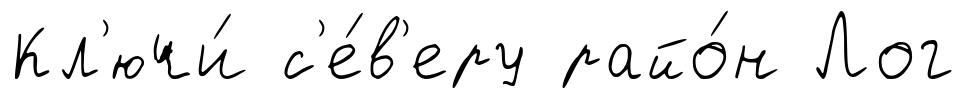
Кл'ючи́ с'е́в'еру райо́н Лог